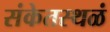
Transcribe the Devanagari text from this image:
संकेतस्थळं